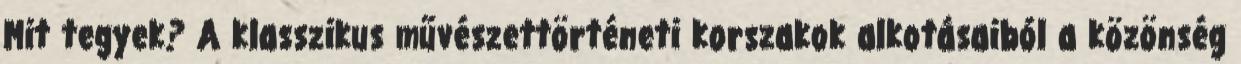
Mit tegyek? A klasszikus művészettörténeti korszakok alkotásaiból a közönség